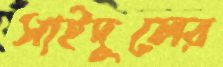
সাইদুলের